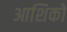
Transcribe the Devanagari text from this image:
आशिकों